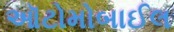
ઑટોમોબાઈલ